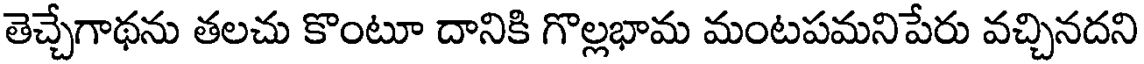
తెచ్చేగాథను తలచు కొంటూ దానికి గొల్లభామ మంటపమనిపేరు వచ్చినదని